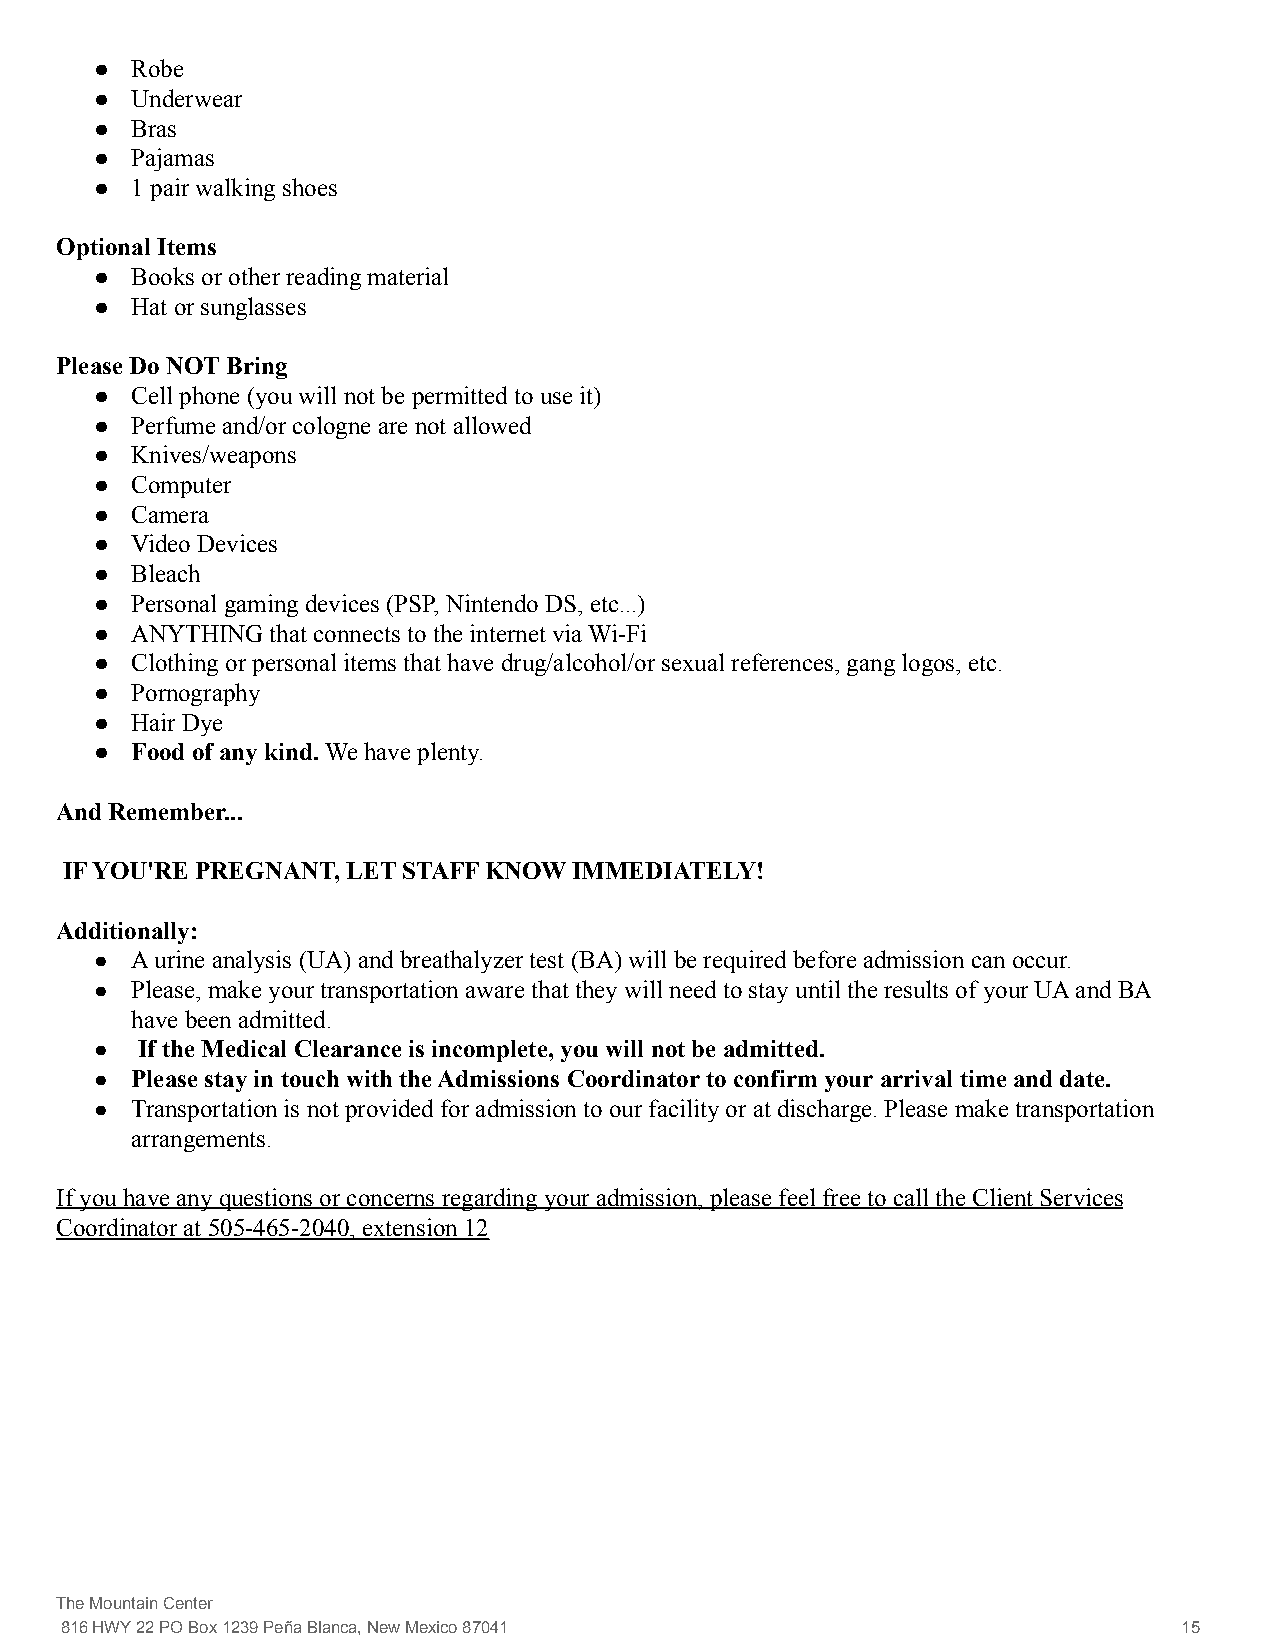
●  Robe
 ●  Underwear
 ●  Bras
 ●  Pajamas
 ●  1 pair walking shoes
 Optional Items
 ●  Books or other reading material
 ●  Hat or sunglasses
 Please Do NOT Bring
 ●  Cell phone (you will not be permitted to use it)
 ●  Perfume and/or cologne are not allowed
 ●  Knives/weapons
 ●  Computer
 ●  Camera
 ●  Video Devices
 ●  Bleach
 ●  Personal gaming devices (PSP, Nintendo DS, etc...)
 ●  ANYTHING that connects to the internet via Wi-Fi
 ●  Clothing or personal items that have drug/alcohol/or sexual references, gang logos, etc.
 ●  Pornography
 ●  Hair Dye
 ●  Food of any kind. We have plenty.
 And Remember...
 IF YOU'RE PREGNANT, LET STAFF KNOW IMMEDIATELY!
 Additionally:
 ●  A urine analysis (UA) and breathalyzer test (BA) will be required before admission can occur.
 ●  Please, make your transportation aware that they will need to stay until the results of your UA and BA
 have been admitted.
 ●  If the Medical Clearance is incomplete, you willnot be admitted.
 ●  Please stay in touch with the Admissions Coordinator to confirm your arrival time and date.
 ●  Transportation is not provided for admission to our facility or at discharge. Please make transportation
 arrangements.
 If you have any questions or concerns regarding your admission, please feel free to call the Client Services
 Coordinator at 505-465-2040, extension 12
 The Mountain Center
 816 HWY 22 PO Box 1239 Peña Blanca, New Mexico 87041                      15